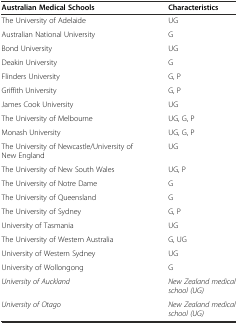
<table><thead><tr><td><b>Australian Medical Schools</b></td><td><b>Characteristics</b></td></tr></thead><tbody><tr><td>The University of Adelaide</td><td>UG</td></tr><tr><td>Australian National University</td><td>G</td></tr><tr><td>Bond University</td><td>UG</td></tr><tr><td>Deakin University</td><td>G</td></tr><tr><td>Flinders University</td><td>G, P</td></tr><tr><td>Griffith University</td><td>G, P</td></tr><tr><td>James Cook University</td><td>UG</td></tr><tr><td>The University of Melbourne</td><td>UG, G, P</td></tr><tr><td>Monash University</td><td>UG, G, P</td></tr><tr><td>The University of Newcastle/University of New England</td><td>UG</td></tr><tr><td>The University of New South Wales</td><td>UG, P</td></tr><tr><td>The University of Notre Dame</td><td>G</td></tr><tr><td>The University of Queensland</td><td>G</td></tr><tr><td>The University of Sydney</td><td>G, P</td></tr><tr><td>University of Tasmania</td><td>UG</td></tr><tr><td>The University of Western Australia</td><td>G, UG</td></tr><tr><td>University of Western Sydney</td><td>UG</td></tr><tr><td>University of Wollongong</td><td>G</td></tr><tr><td><i>University of Auckland</i></td><td><i>New Zealand medical school (UG)</i></td></tr><tr><td><i>University of Otago</i></td><td><i>New Zealand medical school (UG)</i></td></tr></tbody></table>